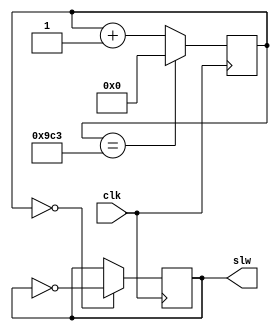
`timescale 1ns / 1ps
//////////////////////////////////////////////////////////////////////////////////
// Company: 
// Engineer: 
// 
// Design Name: 
// Module Name: slowclk
// Project Name: 
// Target Devices: 
// Tool Versions: 
// Description: 
// 
// Dependencies: 
// 
// Revision:
// Revision 0.01 - File Created
// Additional Comments:
// 
//////////////////////////////////////////////////////////////////////////////////


module slowclk(
    input clk,
    output reg slw = 0
    );
    
    reg [11:0] count = 0;
    
    always @ (posedge clk)
    begin
        count <= (count == 2499) ? 0 : count + 1;
        slw <= (count == 0) ? ~slw : slw; 
    end
    
endmodule